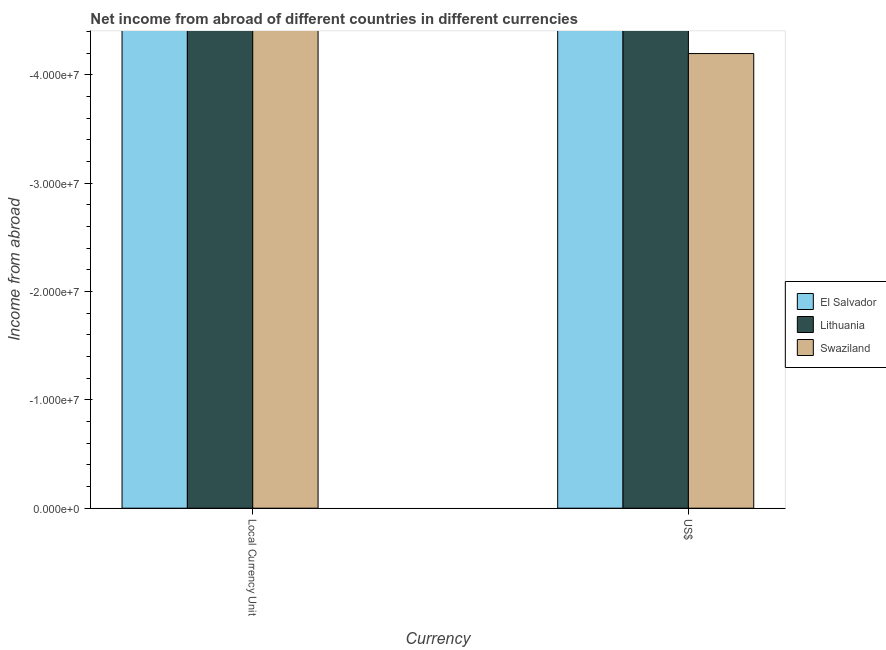
| Currency | El Salvador | Lithuania | Swaziland |
 | --- | --- | --- | --- |
 | Local Currency Unit | -4.23e+08 | -4.82e+08 | -3.17e+08 |
 | US$ | -4.23e+08 | -5.44e+08 | -4.2e+07 |